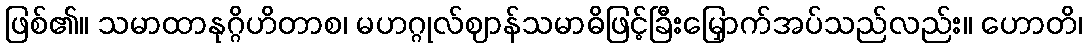
ဖြစ်၏။ သမာထာနုဂ္ဂိဟိတာစ၊ မဟဂ္ဂုလ်ဈာန်သမာဓိဖြင့်ခြီးမြှောက်အပ်သည်လည်း။ ဟောတိ၊